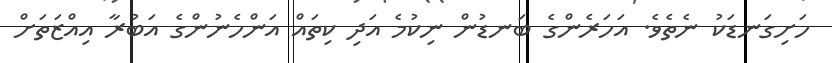
ހަށިގަނޑަކު ނެތެވެ. އަަހަރެންގެ ބަނޑުން ނިކުމެ އަދި ކިތައް އަންހެނުންގެ އަބުރާ އިއްޒަތަށް